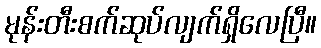
မုန်းတီးစက်ဆုပ်လျက်ရှိလေပြီ။